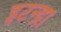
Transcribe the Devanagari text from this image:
इटन्द्रा